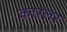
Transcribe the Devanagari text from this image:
कास्लर